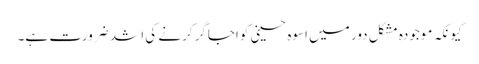
کیونکہ موجودہ مشکل دور میں اسوہ حسینی کواجاگر کرنے کی اشد ضرورت ہے۔